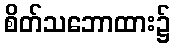
စိတ်သဘောထား၌